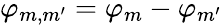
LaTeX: \varphi_{m,m^{\prime}}=\varphi_{m}-\varphi_{m^{\prime}}